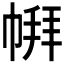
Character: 𪩹